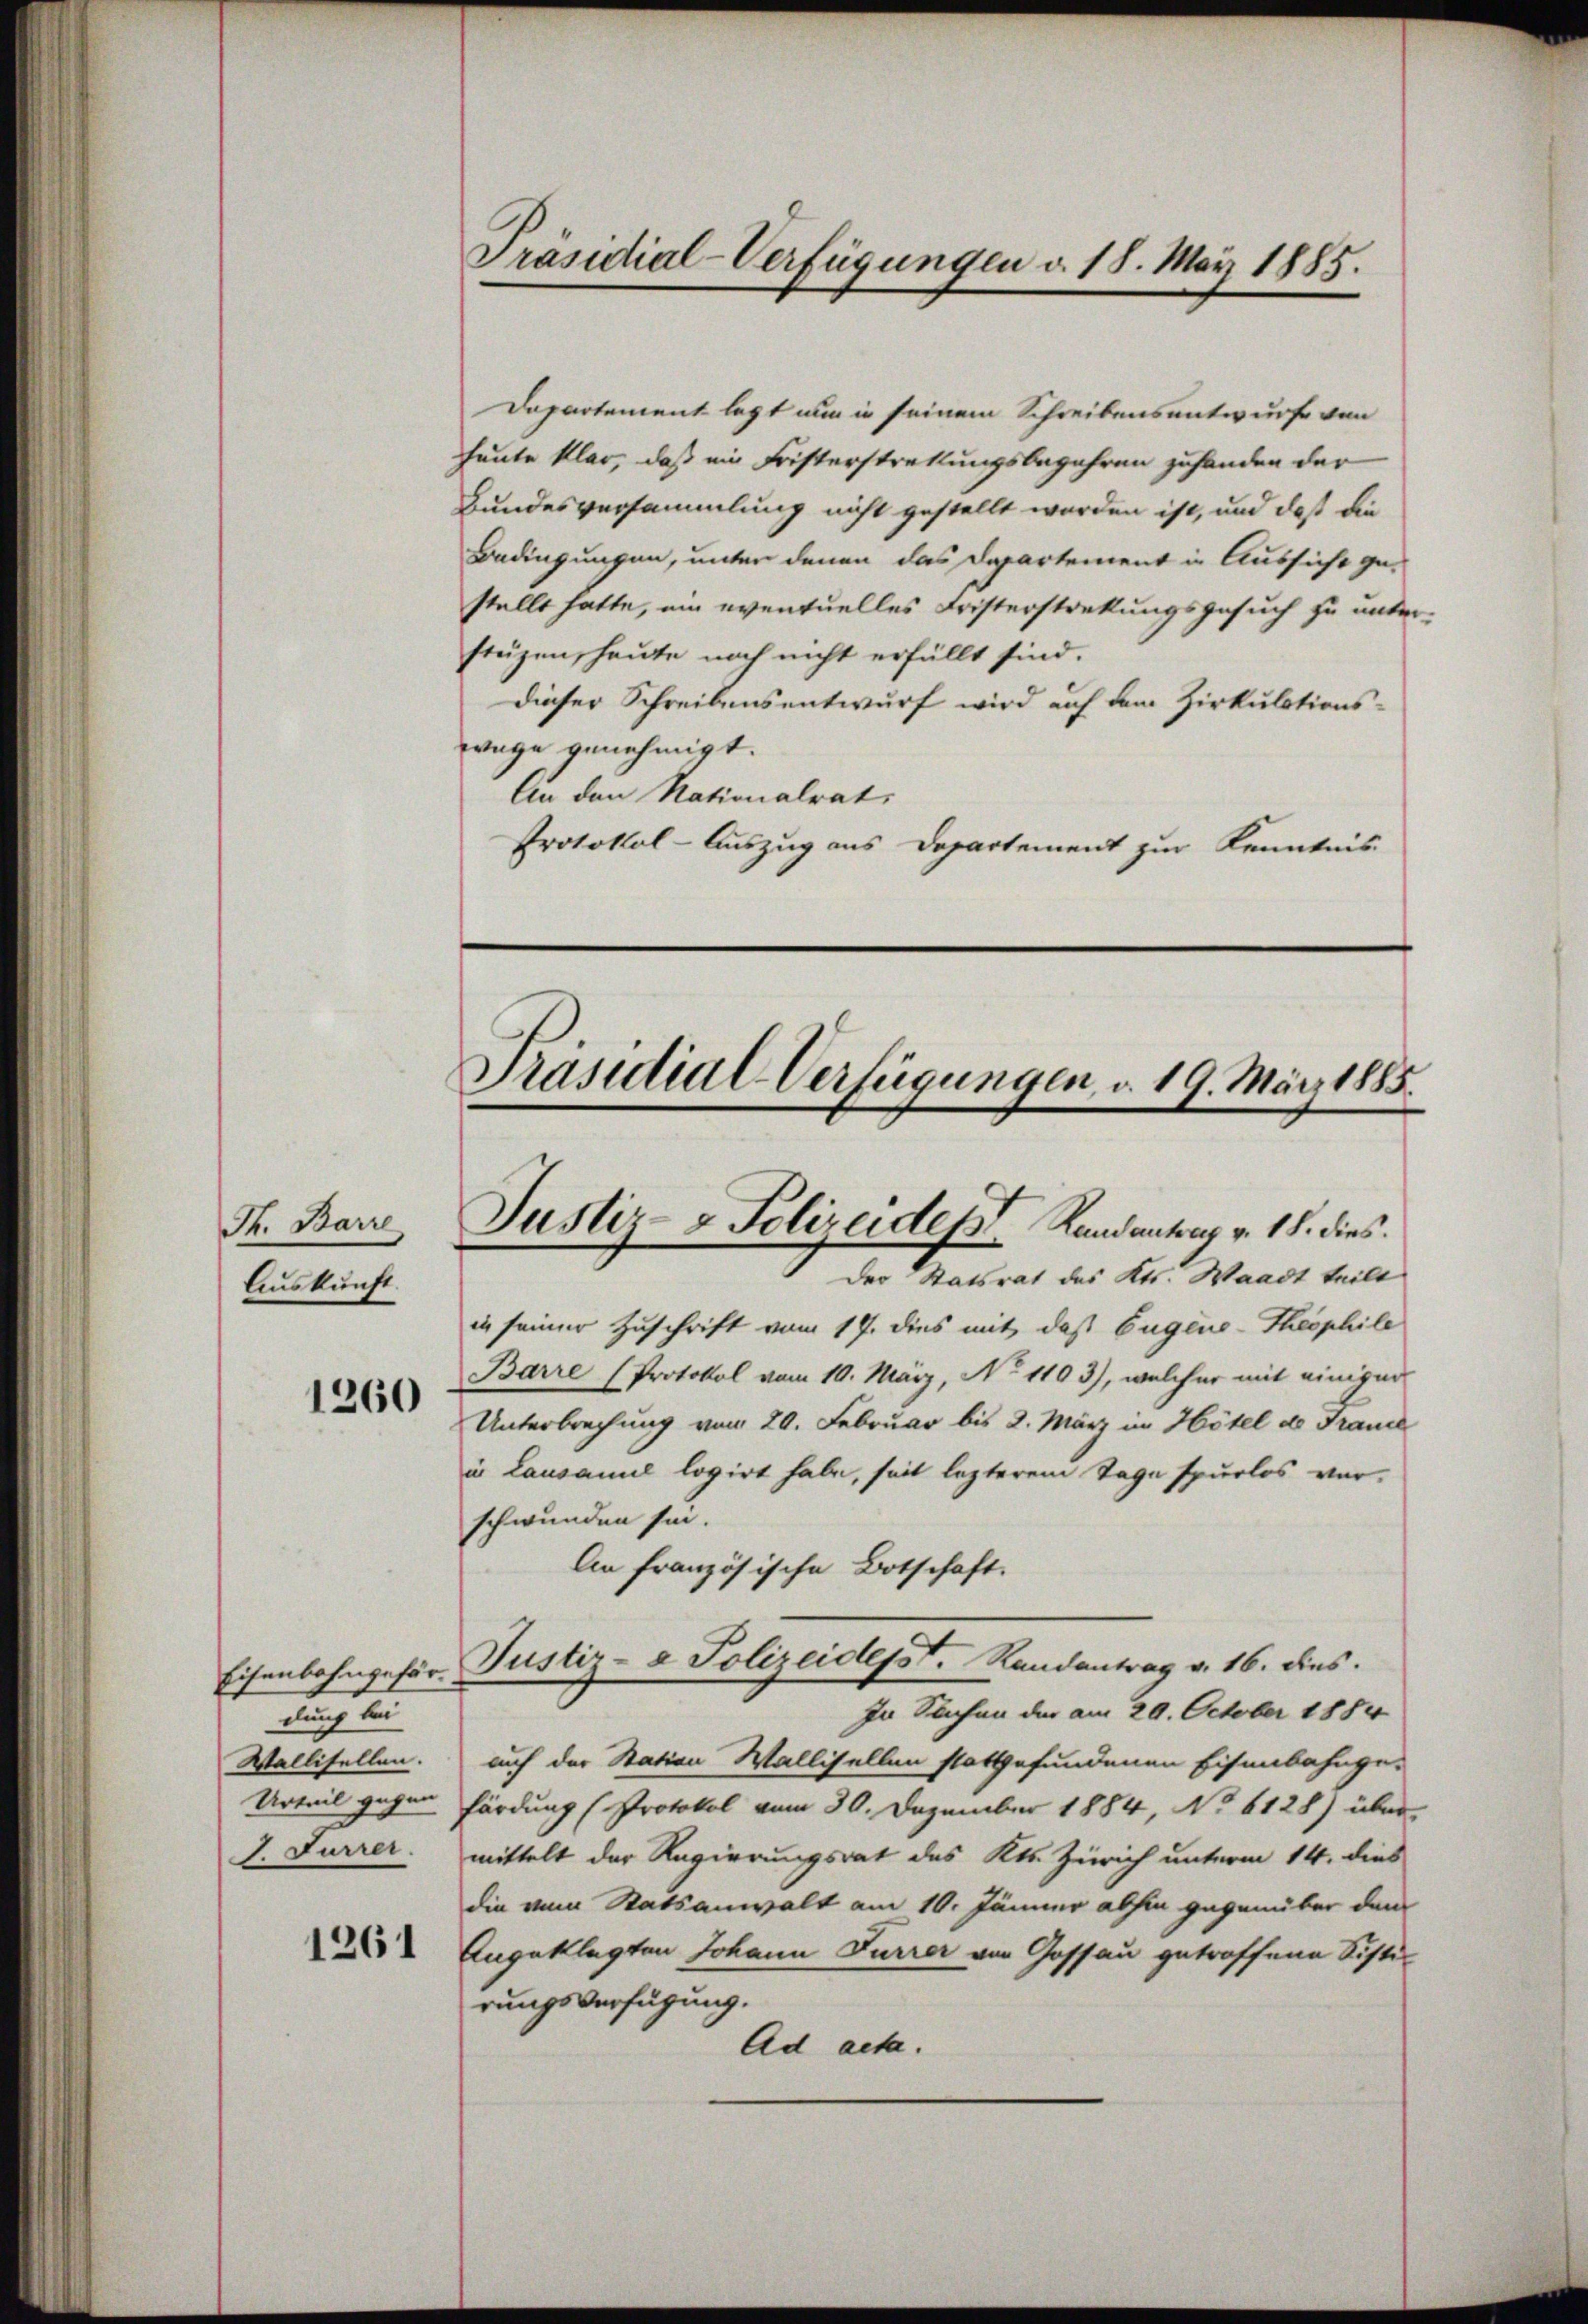
Th. Barre
Auskunft.

1260

Eisenbahngefär
dung bei
Wallisellen.
Urteil gegen
I. Furrer.

1261

Departement legt nun in seinem Schreibensantwurf von
heute klar, daß ein Fristerstrattungsbegehren zuhanden der
Bundesversammlung nicht gestellt worden ist, und daß die
Bedingungen, unter denen das Departement in Aussicht ge-
stellt hatte, um eventuelles Fristerstreckungsgesuch zu unter-
stüzen, heute noch nicht erfüllt sind.
dieser Schreibensentwurf wird auf dem Zirkulationswage genehmigt.
An den Nationalrat,
Protokol-Auszug aus Departement zur Kenntnis-

Präsidial-Verfügungen d. 18. May 1885.

Präsidial-Verfügungen, d. 19. März 1885.
Justiz- & Polizeident Randantrag v. 18. dies
Der Statsrat des Kts. Waadt teilt

in seiner Zuschrift vom 17. dies mit, daß Eugens-Theophile
Barre (Protokol vom 10. März, No 1103), welcher mit einiger
Unterbrechung vom 20. Februar bis 2. März in Hotel des France
in Lausanne logirt habe, seit lezterem Tage spurlos verschwunden sei.
An französische Botschaft.
Justiz- & Polizeidesst. Randantrag v. 16. dies.
In Sachen der am 29. October 1884
auch der Station Wallisellen stattgefundenen Eisenbahnge-
fürdung (Protokol vom 30. Dezember 1884, No 6128) über
mittelt der Regierungsrat des Kts. Zürich unterm 14. dies
die vom Statsanwalt am 10. Jänner abhin gegenüber dem
Angeklagten Johann Furrer von Gossau getroffene Sisti-
rungsverfügung.
Ad acta.